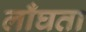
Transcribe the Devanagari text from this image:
लाँघता